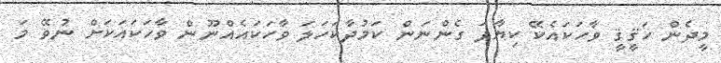
މީދެން ހަޤީޤީ ވާހަކައެކޭ ކިޔާފަ ގެންނަން ކަމުދާކަހަލަ ވާހަކައެއްނޫން ވާހަކައަކަށް ނުވޭ މަ